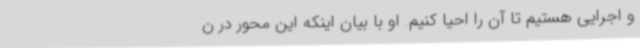
و اجرایی هستیم تا آن را احیا کنیم. او با بیان اینکه این محور در ن